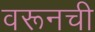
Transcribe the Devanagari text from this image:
वरूनची